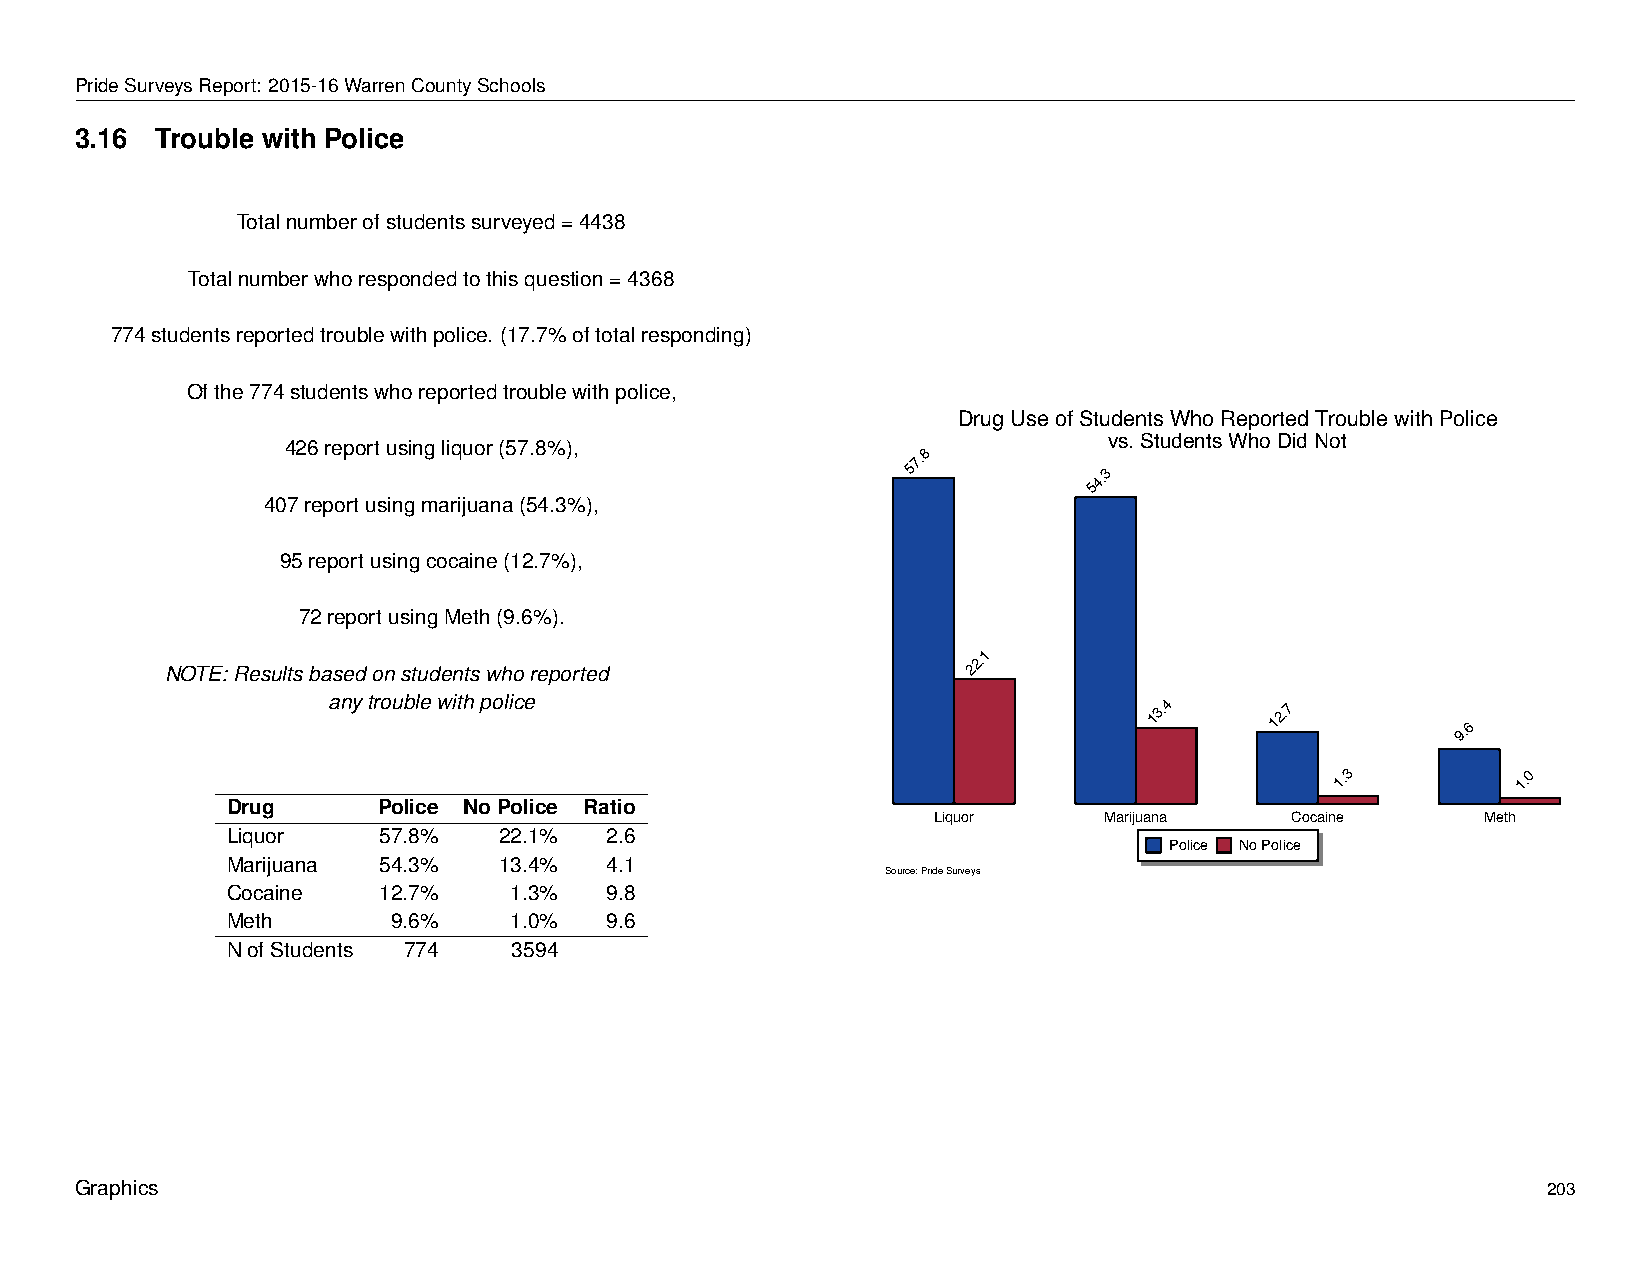
Drug        Use      of   Students          Who        Reported            Trouble          with      Police
 PrideSurveysReport: 2015-16WarrenCountySchools
 3.16 Trouble with Police
 Totalnumberofstudentssurveyed=4438
 Totalnumberwhorespondedtothisquestion=4368
 774studentsreportedtroublewithpolice. (17.7%oftotalresponding)
 Ofthe774studentswhoreportedtroublewithpolice,
 Drug Use of Students Who Reported Trouble with Police
 vs. Students Who Did Not
 426reportusingliquor(57.8%),
 57.8
 54.3
 407reportusingmarijuana(54.3%),
 95reportusingcocaine(12.7%),
 72reportusingMeth(9.6%).
 NOTE:Resultsbasedonstudentswhoreported
 22.1
 anytroublewithpolice                                  13.4    12.7
 9.6
 1.3         1.0
 Drug      Police NoPolice Ratio
 Liquor     Marijuana   Cocaine      Meth
 Liquor    57.8%   22.1%  2.6
 Police No Police
 Marijuana 54.3%   13.4%  4.1
 Source: Pride Surveys
 Cocaine   12.7%    1.3%  9.8
 Meth       9.6%    1.0%  9.6
 NofStudents 774    3594
 Graphics                                                                                         203